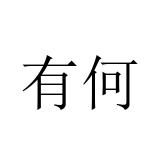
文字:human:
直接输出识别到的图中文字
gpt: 有何